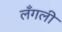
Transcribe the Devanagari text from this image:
लँगली